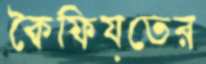
কৈফিয়তের